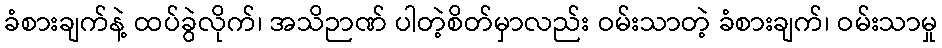
ခံစားချက်နဲ့ ထပ်ခွဲလိုက်၊ အသိဉာဏ် ပါတဲ့စိတ်မှာလည်း ဝမ်းသာတဲ့ ခံစားချက်၊ ဝမ်းသာမှု